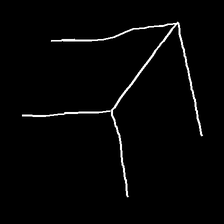
Glyph: gather